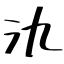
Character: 氿